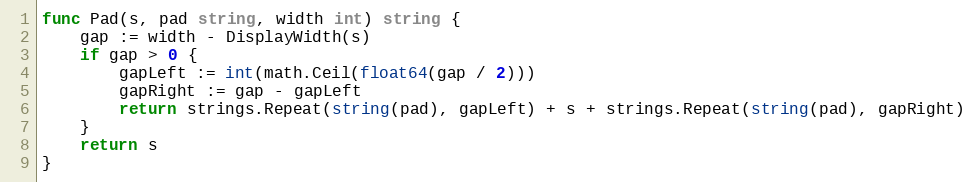
Language: Go
func Pad(s, pad string, width int) string {
	gap := width - DisplayWidth(s)
	if gap > 0 {
		gapLeft := int(math.Ceil(float64(gap / 2)))
		gapRight := gap - gapLeft
		return strings.Repeat(string(pad), gapLeft) + s + strings.Repeat(string(pad), gapRight)
	}
	return s
}